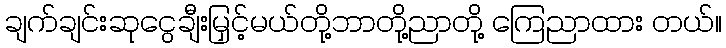
ချက်ချင်းဆုငွေချီးမြှင့်မယ်တို့ဘာတို့ညာတို့ ကြေညာထား တယ်။